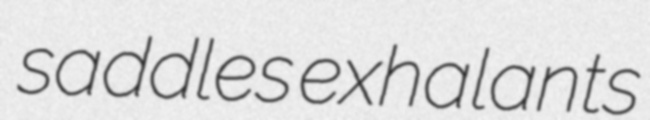
saddles exhalants